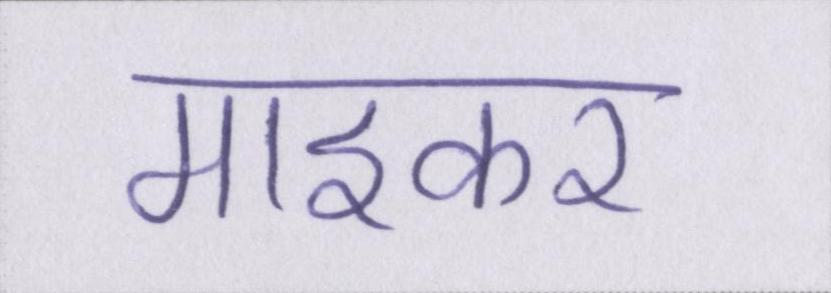
माइकर